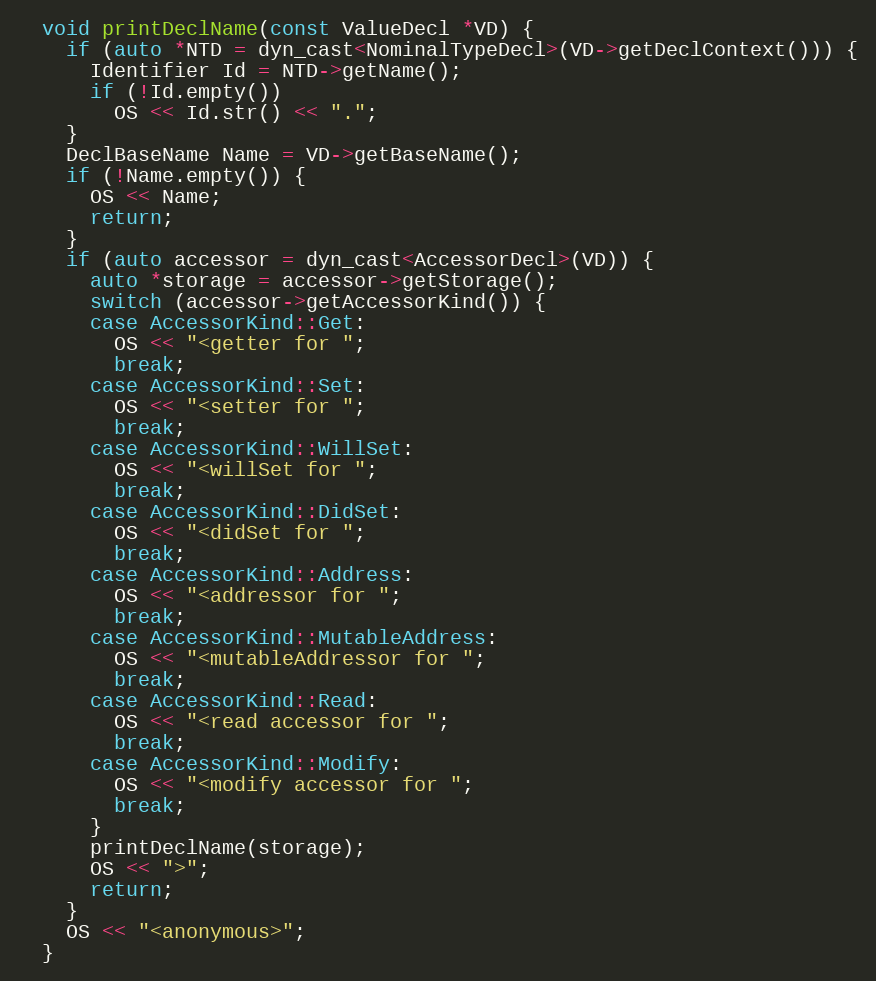
Language: C++
  void printDeclName(const ValueDecl *VD) {
    if (auto *NTD = dyn_cast<NominalTypeDecl>(VD->getDeclContext())) {
      Identifier Id = NTD->getName();
      if (!Id.empty())
        OS << Id.str() << ".";
    }
    DeclBaseName Name = VD->getBaseName();
    if (!Name.empty()) {
      OS << Name;
      return;
    }
    if (auto accessor = dyn_cast<AccessorDecl>(VD)) {
      auto *storage = accessor->getStorage();
      switch (accessor->getAccessorKind()) {
      case AccessorKind::Get:
        OS << "<getter for ";
        break;
      case AccessorKind::Set:
        OS << "<setter for ";
        break;
      case AccessorKind::WillSet:
        OS << "<willSet for ";
        break;
      case AccessorKind::DidSet:
        OS << "<didSet for ";
        break;
      case AccessorKind::Address:
        OS << "<addressor for ";
        break;
      case AccessorKind::MutableAddress:
        OS << "<mutableAddressor for ";
        break;
      case AccessorKind::Read:
        OS << "<read accessor for ";
        break;
      case AccessorKind::Modify:
        OS << "<modify accessor for ";
        break;
      }
      printDeclName(storage);
      OS << ">";
      return;
    }
    OS << "<anonymous>";
  }